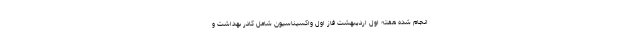
انجام شده هفته اول اردیبهشت فاز اول واکسیناسیون شامل کادر بهداشت و